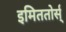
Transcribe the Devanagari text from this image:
इमिततोर्स्